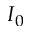
I _ { 0 }